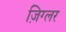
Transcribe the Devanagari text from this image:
ज़िग्लर